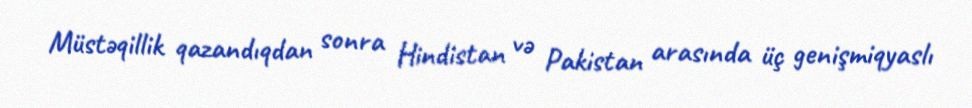
Müstəqillik qazandıqdan sonra Hindistan və Pakistan arasında üç genişmiqyaslı